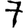
Digit: 7